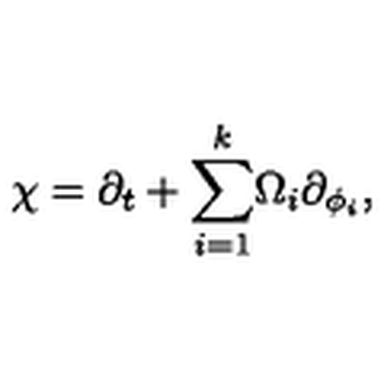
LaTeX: \chi = \partial _ { t } + { { { \sum _ { i = 1 } ^ { k } } } } \Omega _ { i } \partial _ { \phi _ { i } } ,